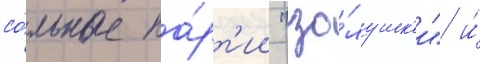
со́льные па́рт'ии "зо́лушк'и" и́